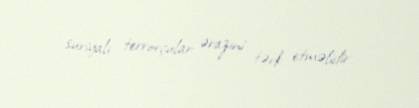
suriyalı terrorçular ərazini tərk etməlidir.